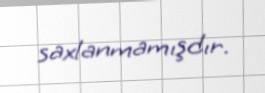
saxlanmamışdır.